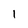
Character: 1